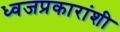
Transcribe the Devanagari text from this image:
ध्वजप्रकारांशी